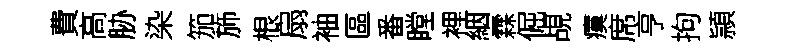
費高胁染笳斾根扇袖區番瞠裡絪霖倔覘瘼席亨拘頴